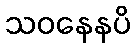
သဝနေနပိ